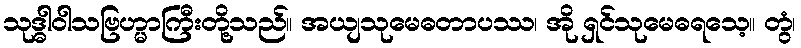
သုဒ္ဓါဝါသဗြဟ္မာကြီးတို့သည်။ အယျသုမေဓတာပဿ၊ အို ရှင်သုမေဓရသေ့။ တွံ၊